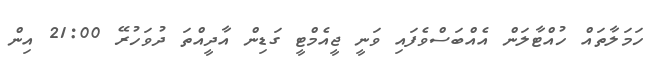
ހަމަލާތައް ހުއްޓާލަން އެއްބަަސްވެފައި ވަނީ ޖީއެމްޓީ ގަޑިން އާދީއްތަ ދުވަހުރޭ 21:00 އިން